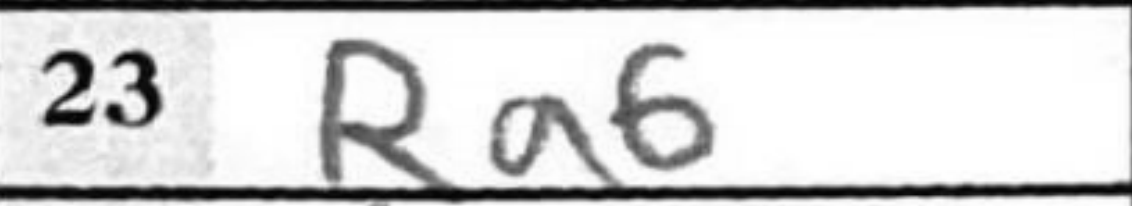
Transcription: Ra6